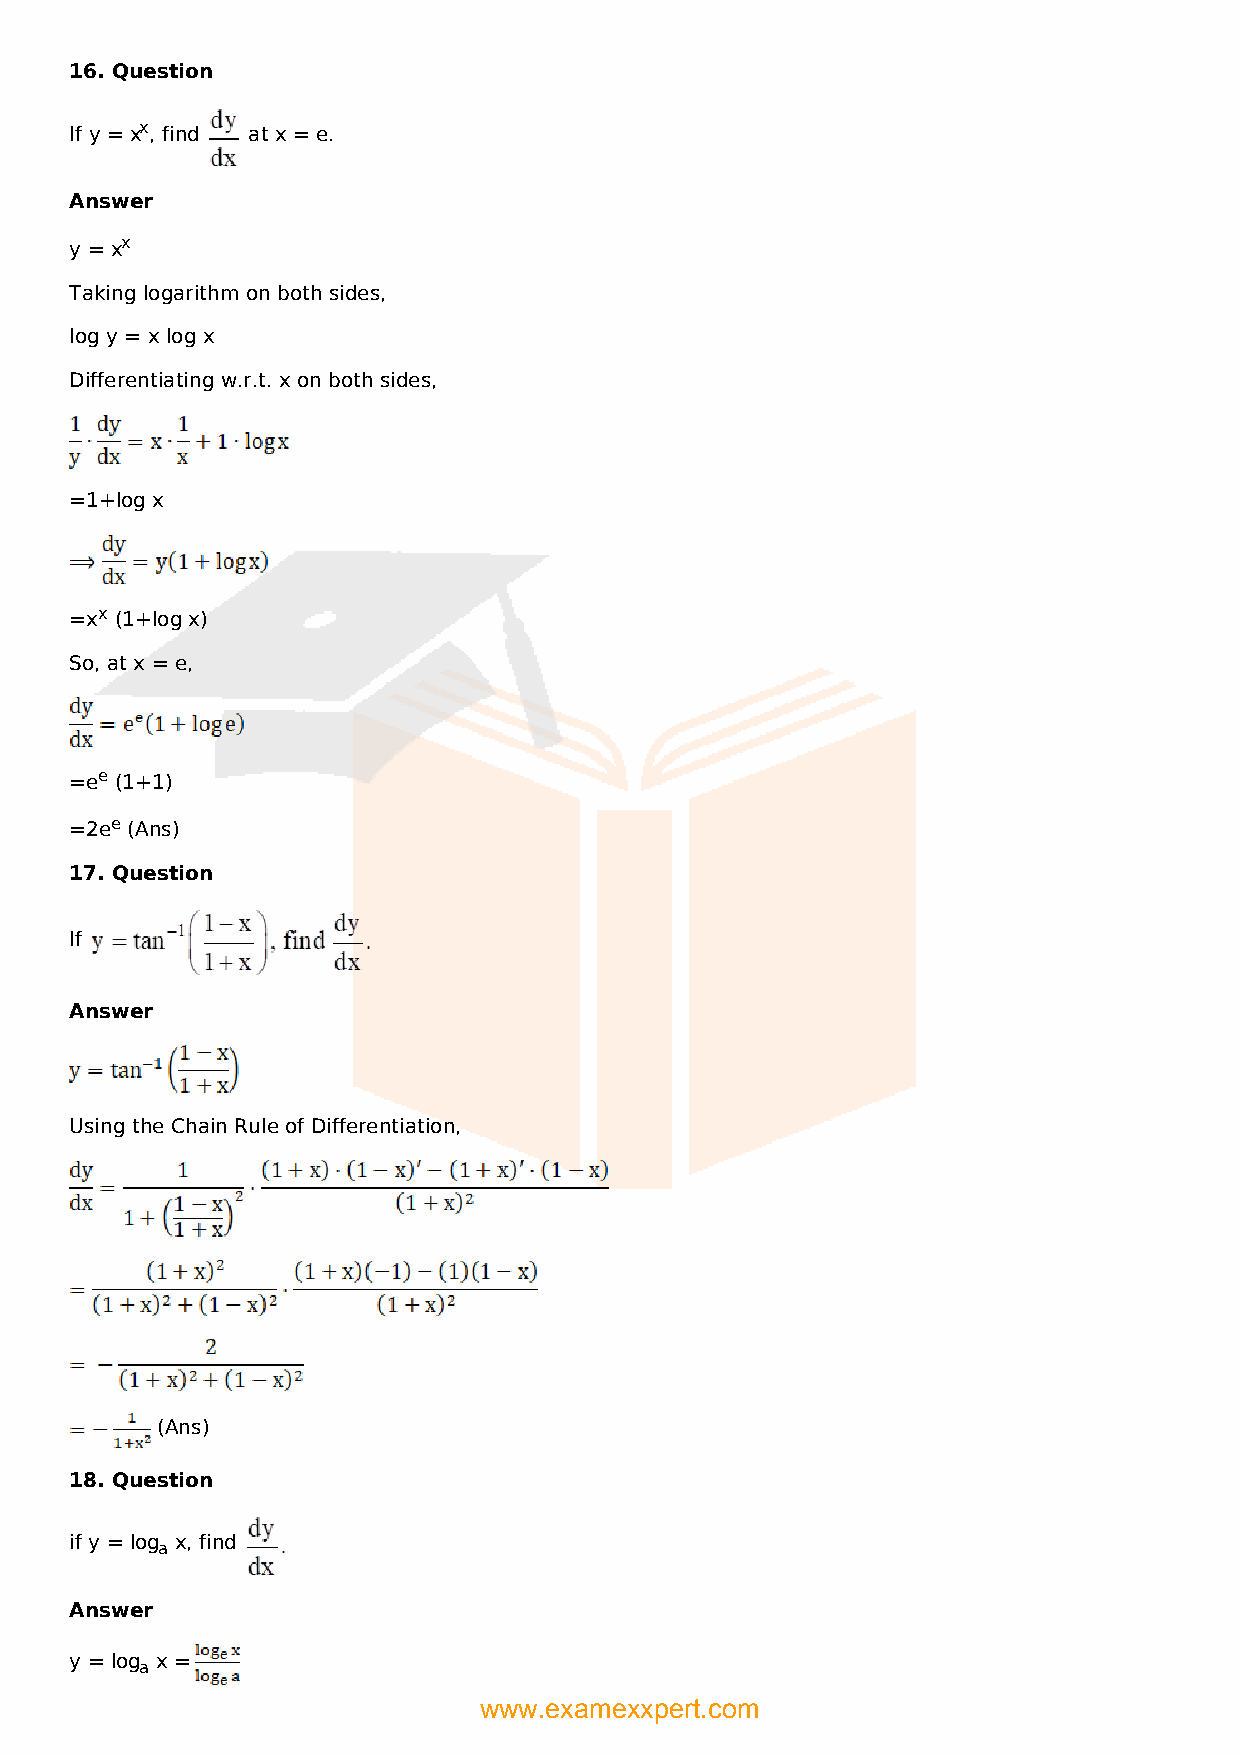
16. Question
 If y = xx, find at x = e.
 Answer
 y = xx
 Taking logarithm on both sides,
 log y = x log x
 Differentiating w.r.t. x on both sides,
 =1+log x
 =xx (1+log x)
 So, at x = e,
 =ee (1+1)
 =2ee (Ans)
 17. Question
 If
 Answer
 Using the Chain Rule of Differentiation,
 (Ans)
 18. Question
 if y = log x, find
 a
 Answer
 y = log x =
 a
 www.examexxpert.com